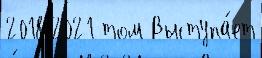
2018 2021 том Выступа́ет